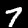
Digit: 7